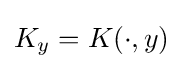
K_{y}=K(\cdot ,y)